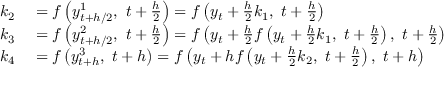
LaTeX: \begin{array} { r l } { k _ { 2 } } & { { } = f \left( y _ { t + h / 2 } ^ { 1 } , \ t + { \frac { h } { 2 } } \right) = f \left( y _ { t } + { \frac { h } { 2 } } k _ { 1 } , \ t + { \frac { h } { 2 } } \right) } \\ { k _ { 3 } } & { { } = f \left( y _ { t + h / 2 } ^ { 2 } , \ t + { \frac { h } { 2 } } \right) = f \left( y _ { t } + { \frac { h } { 2 } } f \left( y _ { t } + { \frac { h } { 2 } } k _ { 1 } , \ t + { \frac { h } { 2 } } \right) , \ t + { \frac { h } { 2 } } \right) } \\ { k _ { 4 } } & { { } = f \left( y _ { t + h } ^ { 3 } , \ t + h \right) = f \left( y _ { t } + h f \left( y _ { t } + { \frac { h } { 2 } } k _ { 2 } , \ t + { \frac { h } { 2 } } \right) , \ t + h \right) } \end{array}